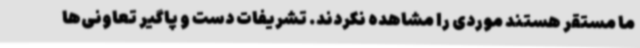
ما مستقر هستند موردی را مشاهده نکردند. تشریفات دست و پاگیر تعاونی‌ها